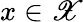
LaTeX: x\in\mathscr{X}